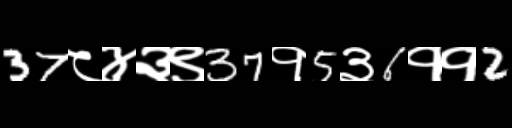
Text: 37८४३९37१5३6११2